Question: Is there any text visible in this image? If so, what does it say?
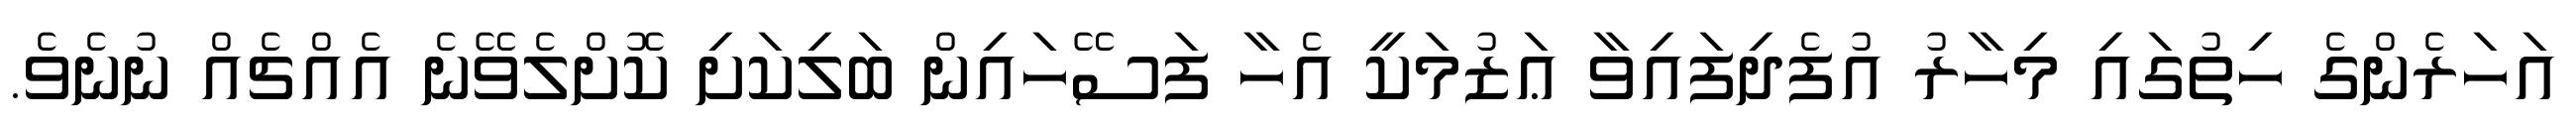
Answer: އަހަރެންގެ ހިތުގައި މިހާރު އުފެދިފައިވާ ޢަޒުމަކީ އެހާ ފަސޭހައިން ބަލިކަށި ކޮށްލެވޭނެ އެއްޗެއް ނުނެވެ.